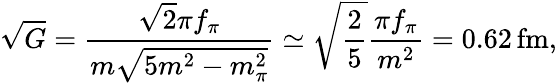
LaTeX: \sqrt{G}=\frac{\sqrt{2}\pi f_{\pi}}{m\sqrt{5m^{2}-m_{\pi}^{2}}}\simeq\sqrt{\frac{2}{5}}\frac{\pi f_{\pi}}{m^{2}}=0.62\, \mathrm{fm},